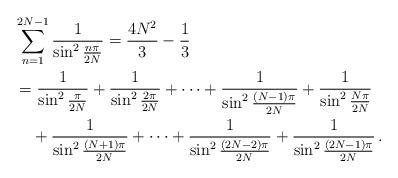
LaTeX: \begin{align*}&\sum^{2N-1}_{n=1}\frac{1}{\sin^2\frac{n\pi}{2N}}=\frac{ 4N^2}{3}-\frac{1}{3}\\&=\frac{1}{\sin^2\frac{\pi}{2N}}+\frac{1}{\sin^2\frac{2\pi}{2N}}+\cdots+\frac{1}{\sin^2\frac{(N-1)\pi}{2N}}+\frac{1}{\sin^2\frac{N\pi}{2N}}\\&\ \ \ +\frac{1}{\sin^2\frac{(N+1)\pi}{2N}}+\cdots+\frac{1}{\sin^2\frac{(2N-2)\pi}{2N}}+\frac{1}{\sin^2\frac{(2N-1)\pi}{2N}}\,.\end{align*}